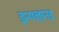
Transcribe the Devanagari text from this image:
इन्ग्ग्लानड